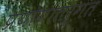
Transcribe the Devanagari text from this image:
प्रयोगांतर्गत